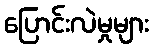
ပြောင်းလဲမှုများ